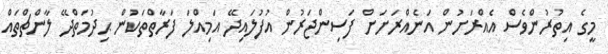
މީގެ އިތުރުންވެސް އެއްރަށުން އަނެއްރަށަށް ފަސިންޖަރުން އުފުލައިދޭ އަމިއްލަ ފަރާތްތަކުން ޙިދުމަތްދޭ ލާންޗްތައް